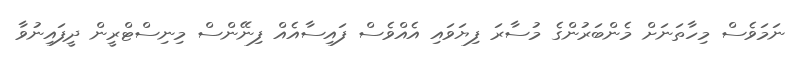
ނަމަވެސް މިހާތަނަށް މެންބަރުންގެ މުސާރަ ފިޔަވައި އެއްވެސް ފައިސާއެއް ފިނޭންސް މިނިސްޓްރީން ދީފައިނުވާ